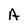
Character: A